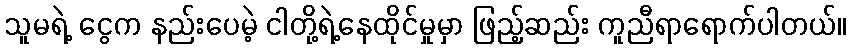
သူမရဲ့ ငွေက နည်းပေမဲ့ ငါတို့ရဲ့နေထိုင်မှုမှာ ဖြည့်ဆည်း ကူညီရာရောက်ပါတယ်။